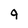
Character: 9